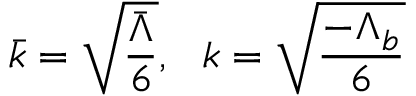
\bar { k } = \sqrt { \frac { \bar { \Lambda } } { 6 } } , \ \ k = \sqrt { \frac { - \Lambda _ { b } } { 6 } }